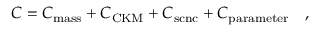
C = C _ { \mathrm { m a s s } } + C _ { \mathrm { C K M } } + C _ { \mathrm { s c n c } } + C _ { \mathrm { p a r a m e t e r } } ~ ~ ~ ,